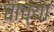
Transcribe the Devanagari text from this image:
चाच्या